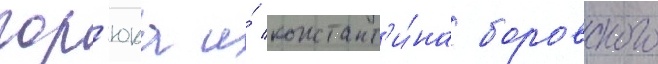
гор'юка и́ констант'и́на боровского